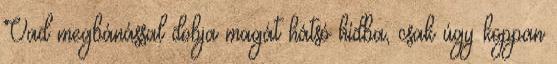
Vad megbánással dobja magát hátsó hídba, csak úgy koppan